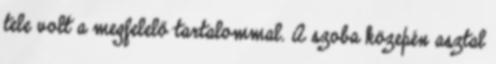
tele volt a megfelelő tartalommal. A szoba közepén asztal